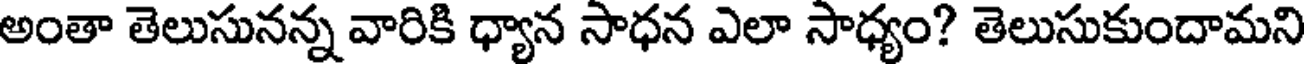
అంతా తెలుసునన్న వారికి ధ్యాన సాధన ఎలా సాధ్యం? తెలుసుకుందామని